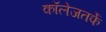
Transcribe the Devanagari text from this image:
कॉलेजतर्फे